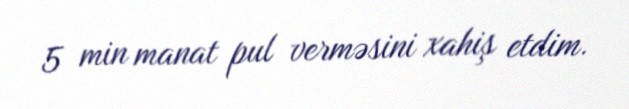
5 min manat pul verməsini xahiş etdim.